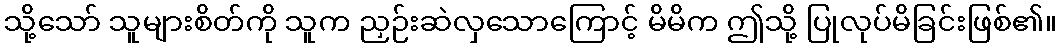
သို့သော် သူများစိတ်ကို သူက ညှဉ်းဆဲလှသောကြောင့် မိမိက ဤသို့ ပြုလုပ်မိခြင်းဖြစ်၏။